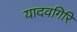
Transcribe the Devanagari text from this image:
यादवगिरि